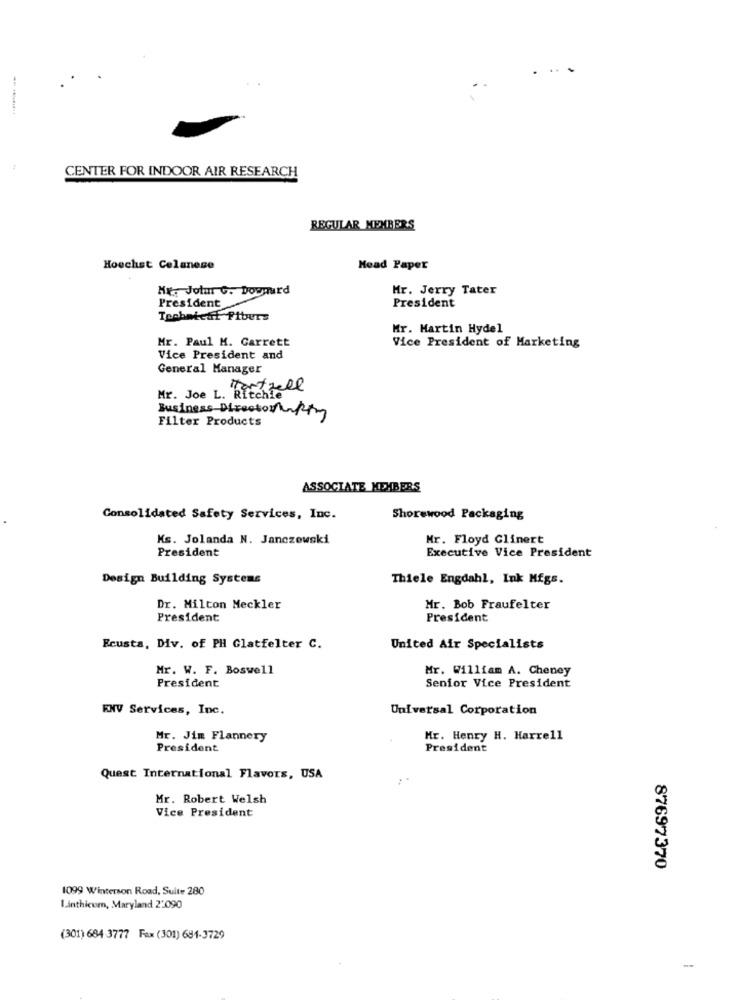
7
CENTER FOR INDOOR AIR RESEARCH
REGULAR MEMBERS
Hoechst Celanese
Head Paper
Mr. Jotm G. Dowmurd
Mr. Jerry Tater
President
President
Technicaf Piburs
Mr. Martin Hydel
Mr. Paul M. Garrett
Vice President of Marketing
Vice President and
General Manager
Portfell
Mr. Joe L. Ritchie
Filter Products
Business Directionakty
ASSOCIATE MEMBERS
Consolidated Safety Services, Inc.
Shorewood Packaging
Ks. Jolanda N. Janczewski
Mr. Floyd Glinert
President
Executive Vice President
Design Building Systems
Thiele Engdahl, Ink Mfgs.
Dr. Milton Meckler
Mr. Bob Fraufelter
President
President
Ecusta, Div. of PH Glatfelter C.
United Air Specialists
Mr. W. F. Boswell
Mr. William A. Cheney
President
Senior Vice President
FNV Services, Inc.
Universal Corporation
Mr. Jim Flannery
Mr. Henry H. Harrell
President
President
Quest International Flavors, USA
Mr. Robert Welsh
Vice President
87697370
1099 Winterson Road, Suite 280
Linthicum, Maryland 2:090
(301) 684 3777 Fax (301) 681-3729
-